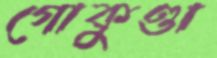
গোকুণ্ডা